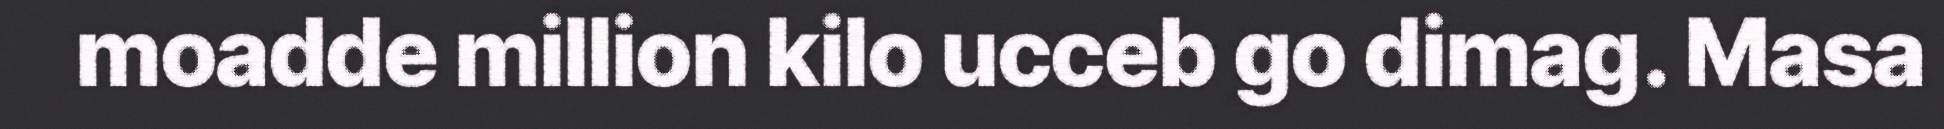
moadde million kilo ucceb go dimag. Masa